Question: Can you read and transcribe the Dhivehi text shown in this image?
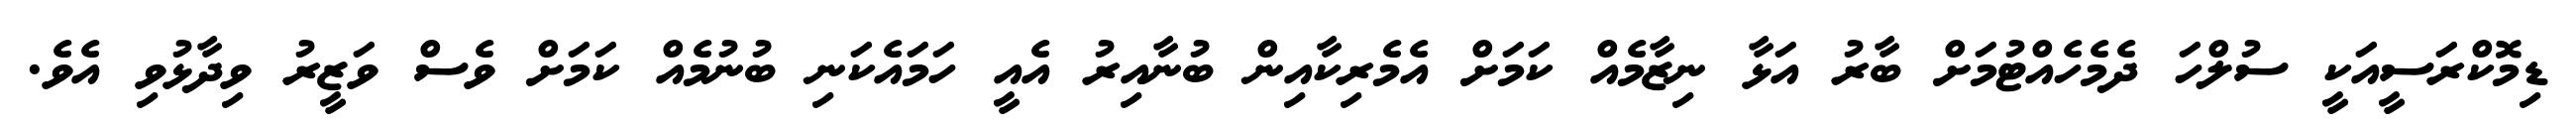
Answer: ޑިމޮކްރަސީއަކީ ސުލްހަ ދެމެހެއްޓުމަށް ބާރު އަޅާ ނިޒާމެއް ކަމަށް އެމެރިކާއިން ބުނާއިރު އެއީ ހަމައެކަނި ބުނުމެއް ކަމަށް ވެސް ވަޒީރު ވިދާޅުވި އެވެ.